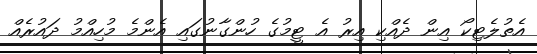
އެތުލެޓިކޯ އިން ދެއްކި އިރު އެ ޓީމުގެ ހުންގާނުގައި އެންމެ މުހިއްމު ދައުރެއް